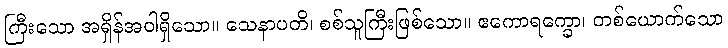
ကြီးသော အရှိန်အဝါရှိသော။ သေနာပတိ၊ စစ်သူကြီးဖြစ်သော။ ဧကောရက္ခော၊ တစ်ယောက်သော